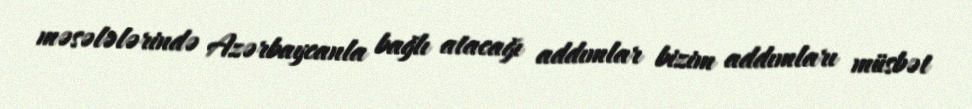
məsələlərində Azərbaycanla bağlı atacağı addımlar bizim addımları müsbət